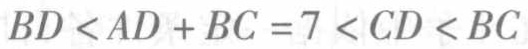
\(BD < AD + BC = 7 < CD < BC\)